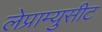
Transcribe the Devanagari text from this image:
लेप्राम्युसीट